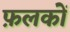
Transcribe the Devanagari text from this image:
फ़लकों